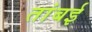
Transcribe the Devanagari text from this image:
तांबई